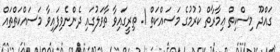
ގައްދޫ މިސްކިތް ޢިމާރާތް ކުރުމުގެ މަސައްކަތް 1. ތިރީގައިވާ ތާވަލުގައި ދެންނެވިފައިވާ މަސައްކަތްތައް